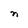
Character: n